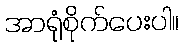
အာရုံစိုက်ပေးပါ။